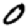
Digit: 0